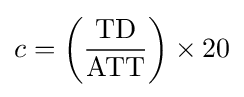
c=\left({{\text{TD}} \over {\text{ATT}}}\right)\times 20